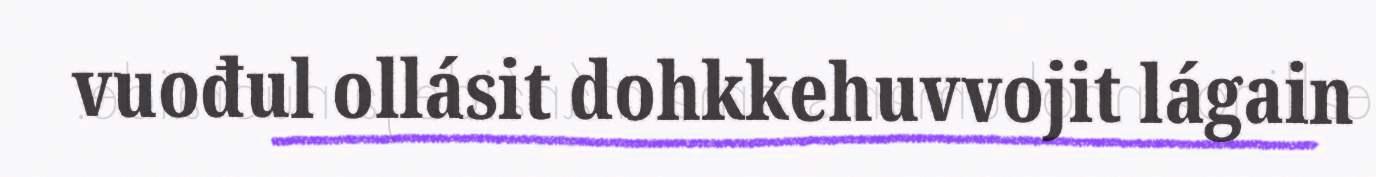
vuođul ollásit dohkkehuvvojit lágain